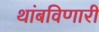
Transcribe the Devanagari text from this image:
थांबविणारी